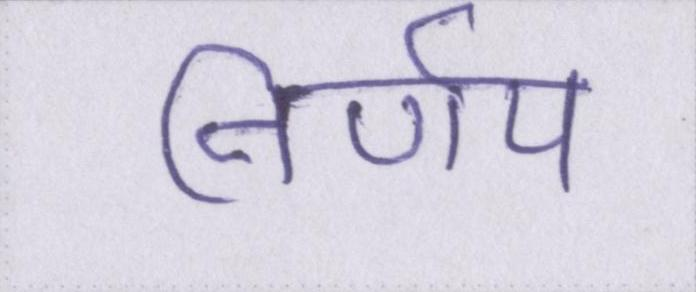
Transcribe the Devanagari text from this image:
निर्णय